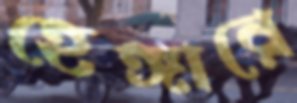
হেঙ্গারে